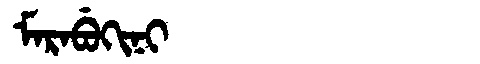
Manchu: ᠮᠠᡵᠠᠪᡠᡴᡳᠨᡳ
Romanization: MARABUKINI